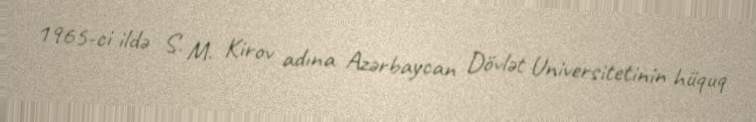
1965-ci ildə S. M. Kirov adına Azərbaycan Dövlət Universitetinin hüquq